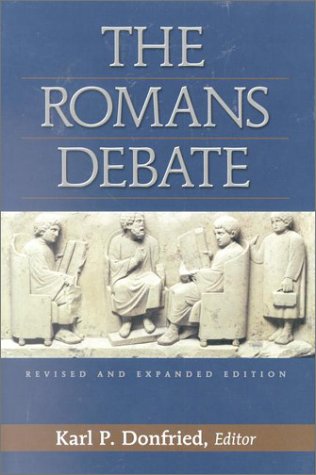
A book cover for Romans Debate; Travel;